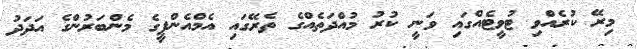
މިރޭ ކުރެއްވި ޓުވީޓެއްގައި ވަނީ ކުރު މުއްދަތެއްގެ ތެރޭގައި އެމްއެންޕީގެ މެންބަރުންގެ އަދަދު